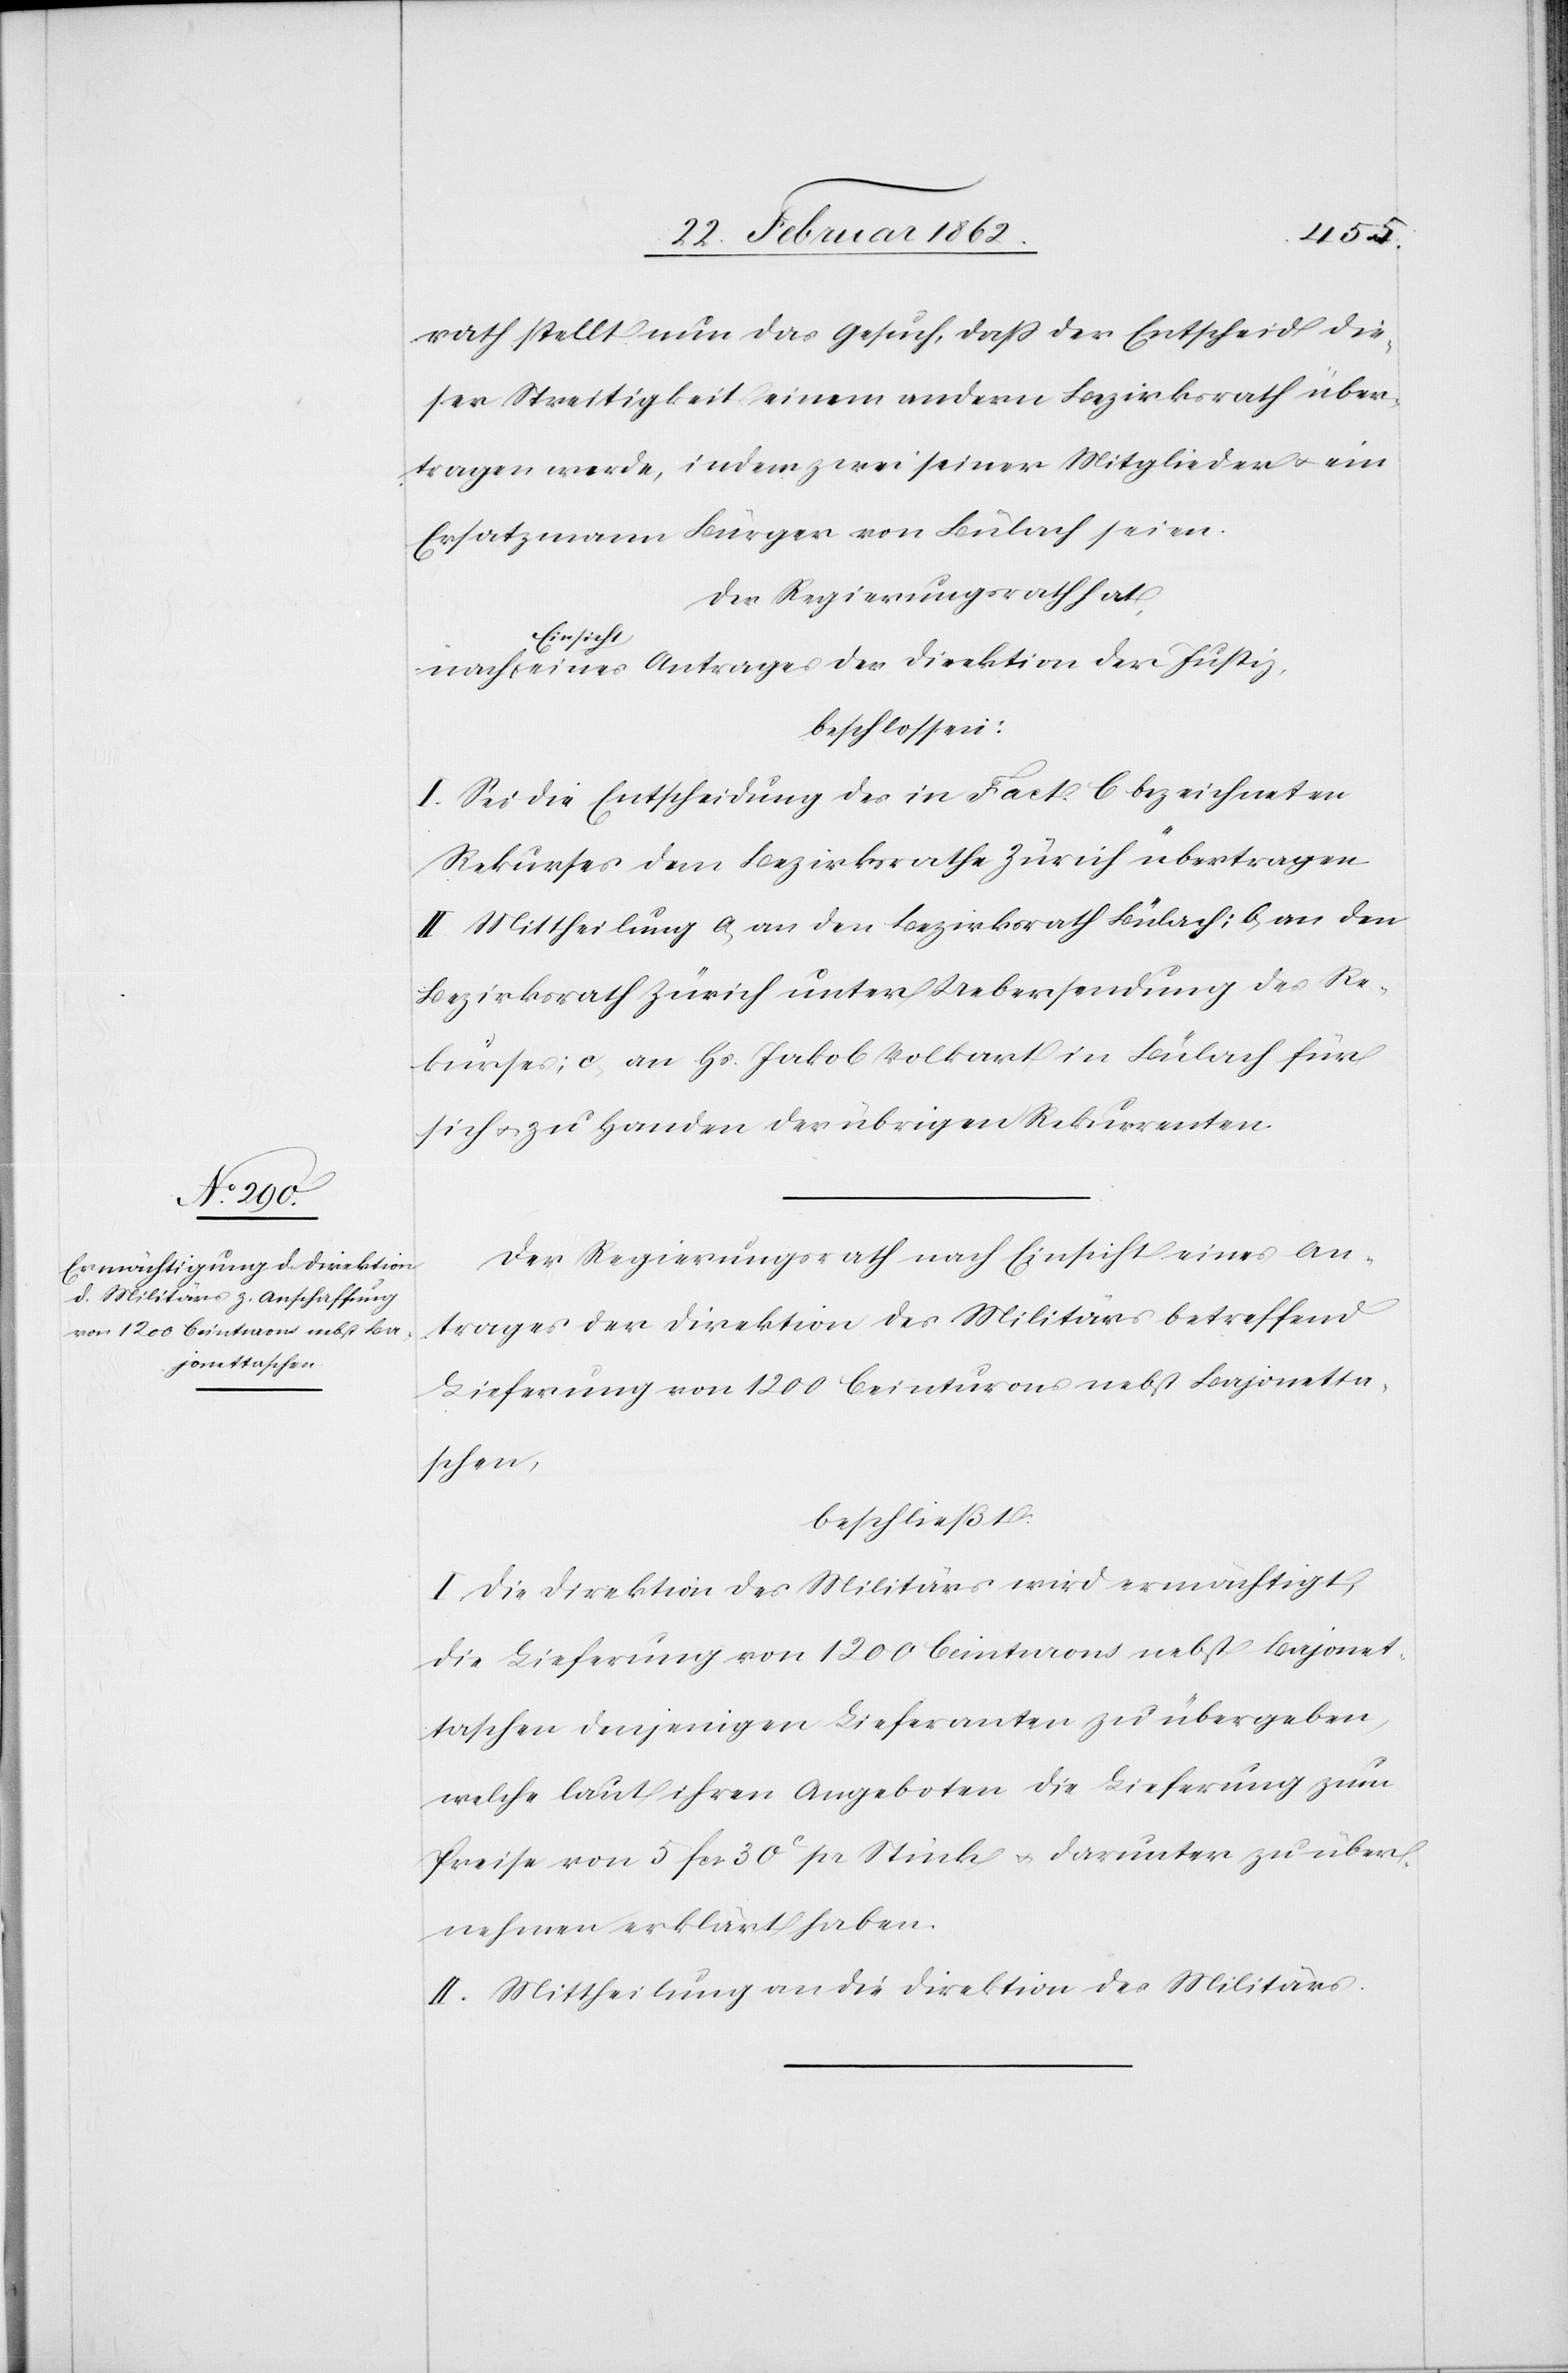
rath stellt nun das Gesuch, daß der Entscheid die¬
ser Streitigkeit einem andern Bezirksrath über¬
tragen werde, indem zwei seiner Mitglieder u. ein
Ersatzmann Bürger von Bülach seien.
Der Regierungsrath hat,
a-Einsicht-a
beschlossen:
I. Sei die Entscheidung des in Fact. C bezeichneten
Rekurses dem Bezirksrathe Zürich übertragen
II. Mittheilung a) an den Bezirksrath Bülach; b) an den
Bezirksrath Zürich unter Uebersendung des Re¬
kurses; c) an Hs. Jakob Volkart in Bülach für
sich u. zu Handen der übrigen Rekurrenten.
Der Regierungsrath nach Einsicht eines An¬
trages der Direktion des Militärs betreffend
Lieferung von 1200 Ceinturons nebst Bajonetta¬
schen,
beschließt:
I. Die Direktion des Militärs wird ermächtigt,
die Lieferung von 1200 Ceinturons nebst Bajonet¬
taschen denjenigen Lieferanten zu übergeben,
welche laut ihren Angeboten die Lieferung zum
Preise von 5 fcs 30c pr Stück u. darunter zu über¬
nehmen erklärt haben.
II. Mittheilung an die Direktion des Militärs.